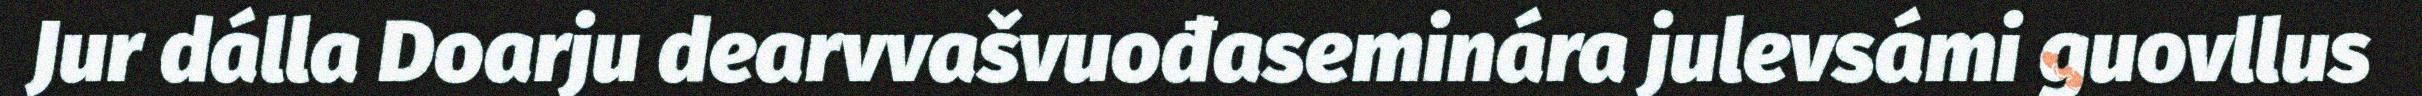
Jur dálla Doarju dearvvašvuođaseminára julevsámi guovllus